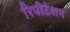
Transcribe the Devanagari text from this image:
रिपीटेशन